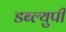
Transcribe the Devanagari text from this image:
डब्ल्युपी